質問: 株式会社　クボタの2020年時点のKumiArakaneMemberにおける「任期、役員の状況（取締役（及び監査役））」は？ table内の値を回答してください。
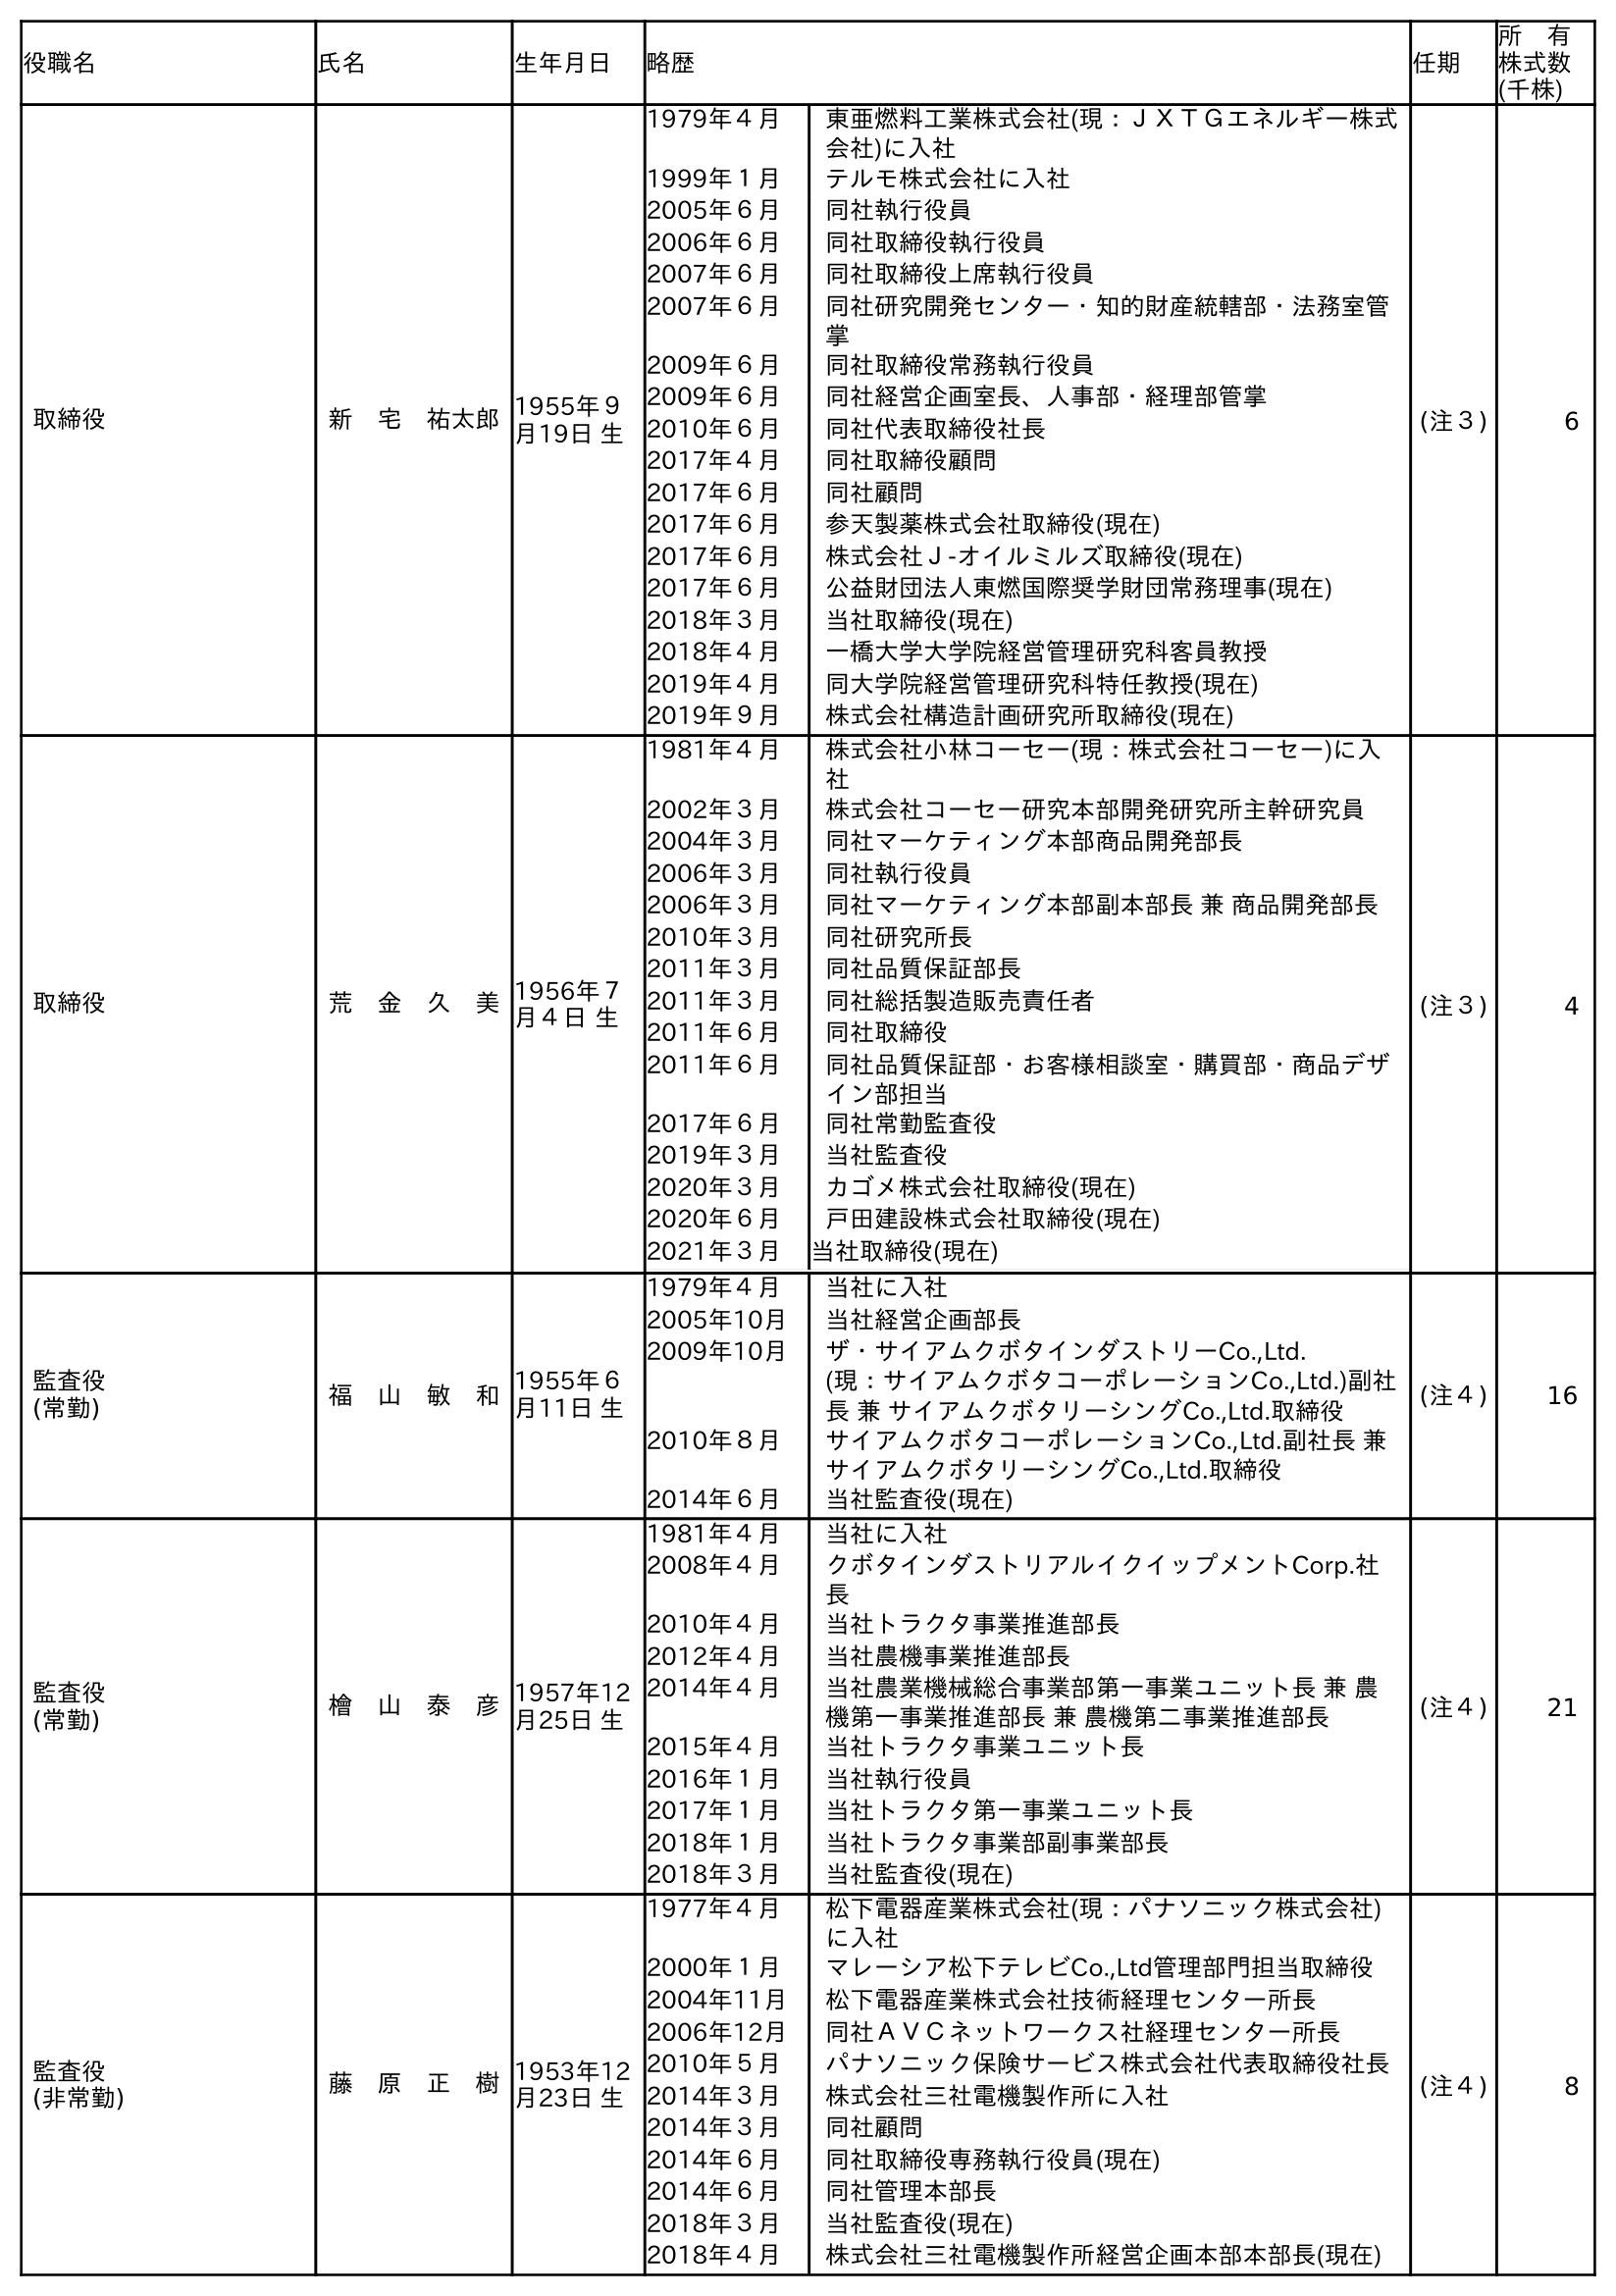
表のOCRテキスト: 役職名 氏名 生年月日 略歴 任期 所 有 株式数 (千株) 取締役 新 宅 祐太郎1955年９ 月19日 生 1979年４月 東亜燃料工業株式会社(現：ＪＸＴＧエネルギー株式 会社)に入社 1999年１月 テルモ株式会社に入社 2005年６月 同社執行役員 2006年６月 同社取締役執行役員 2007年６月 同社取締役上席執行役員 2007年６月 同社研究開発センター・知的財産統轄部・法務室管 掌 2009年６月 同社取締役常務執行役員 2009年６月 同社経営企画室長、人事部・経理部管掌 2010年６月 同社代表取締役社長 2017年４月 同社取締役顧問 2017年６月 同社顧問 2017年６月 参天製薬株式会社取締役(現在) 2017年６月 株式会社Ｊ-オイルミルズ取締役(現在) 2017年６月 公益財団法人東燃国際奨学財団常務理事(現在) 2018年３月 当社取締役(現在) 2018年４月 一橋大学大学院経営管理研究科客員教授 2019年４月 同大学院経営管理研究科特任教授(現在) 2019年９月 株式会社構造計画研究所取締役(現在) (注３) 6 取締役 荒 金 久 美1956年７ 月４日 生 1981年４月 株式会社小林コーセー(現：株式会社コーセー)に入 社 2002年３月 株式会社コーセー研究本部開発研究所主幹研究員 2004年３月 同社マーケティング本部商品開発部長 2006年３月 同社執行役員 2006年３月 同社マーケティング本部副本部長 兼 商品開発部長 2010年３月 同社研究所長 2011年３月 同社品質保証部長 2011年３月 同社総括製造販売責任者 2011年６月 同社取締役 2011年６月 同社品質保証部・お客様相談室・購買部・商品デザ イン部担当 2017年６月 同社常勤監査役 2019年３月 当社監査役 2020年３月 カゴメ株式会社取締役(現在) 2020年６月 戶田建設株式会社取締役(現在) 2021年３月 当社取締役(現在) (注３) 4 監査役 (常勤) 福 山 敏 和1955年６ 月11日 生 1979年４月 当社に入社 2005年10月 当社経営企画部長 2009年10月 ザ・サイアムクボタインダストリーCo.,Ltd. (現：サイアムクボタコーポレーションCo.,Ltd.)副社 長 兼 サイアムクボタリーシングCo.,Ltd.取締役 2010年８月 サイアムクボタコーポレーションCo.,Ltd.副社長 兼 サイアムクボタリーシングCo.,Ltd.取締役 2014年６月 当社監査役(現在) (注４) 16 監査役 (常勤) 檜 山 泰 彦1957年12 月25日 生 1981年４月 当社に入社 2008年４月 クボタインダストリアルイクイップメントCorp.社 長 2010年４月 当社トラクタ事業推進部長 2012年４月 当社農機事業推進部長 2014年４月 当社農業機械総合事業部第一事業ユニット長 兼 農 機第一事業推進部長 兼 農機第二事業推進部長 2015年４月 当社トラクタ事業ユニット長 2016年１月 当社執行役員 2017年１月 当社トラクタ第一事業ユニット長 2018年１月 当社トラクタ事業部副事業部長 2018年３月 当社監査役(現在) (注４) 21 監査役 (非常勤) 藤 原 正 樹1953年12 月23日 生 1977年４月 松下電器産業株式会社(現：パナソニック株式会社) に入社 2000年１月 マレーシア松下テレビCo.,Ltd管理部門担当取締役 2004年11月 松下電器産業株式会社技術経理センター所長 2006年12月 同社ＡＶＣネットワークス社経理センター所長 2010年５月 パナソニック保険サービス株式会社代表取締役社長 2014年３月 株式会社三社電機製作所に入社 2014年３月 同社顧問 2014年６月 同社取締役専務執行役員(現在) 2014年６月 同社管理本部長 2018年３月 当社監査役(現在) 2018年４月 株式会社三社電機製作所経営企画本部本部長(現在) (注４) 8
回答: (注３)